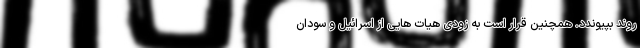
روند بپیوندد. همچنین قرار است به زودی هیات هایی از اسرائیل و سودان